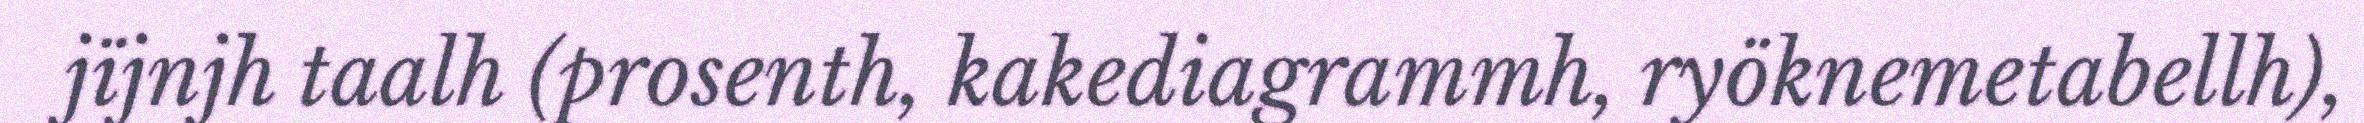
jïjnjh taalh (prosenth, kakediagrammh, ryöknemetabellh),